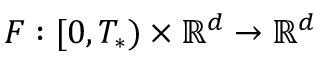
F : [ 0 , T _ { * } ) \times \mathbb { R } ^ { d } \rightarrow \mathbb { R } ^ { d }